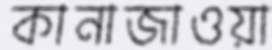
কানাজাওয়া